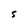
Character: S